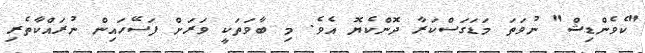
"ކެވެންޑިޝް" ނުވަތަ މަޑަގަސްކަރާ ދޮންކެޔޮ އެވެ. މި ބާވަތަކީ ވަރަށް ފަސޭހައިން ނުރައްކާތެރި